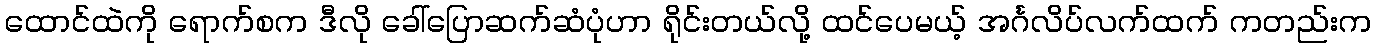
ထောင်ထဲကို ရောက်စက ဒီလို ခေါ်ပြောဆက်ဆံပုံဟာ ရိုင်းတယ်လို့ ထင်ပေမယ့် အင်္ဂလိပ်လက်ထက် ကတည်းက